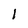
Character: 1